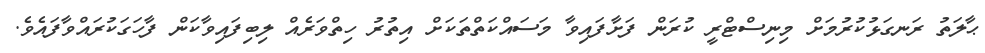
ޙާލަތު ރަނގަޅުކުރުމަށް މިނިސްޓްރީ ކުރަން ފަށާފައިވާ މަސައްކަތްތަކަށް އިތުރު ހިތްވަރެއް ލިބިފައިވާކަން ފާހަގަކުރައްވާފައެވެ.